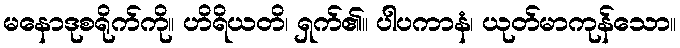
မနောဒုစရိုက်ကို။ ဟိရိယတိ၊ ရှက်၏။ ပါပကာနံ၊ ယုတ်မာကုန်သော။